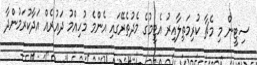
ސިޓީން މި މެޗާ ކުރިމަތިލާއިރު އެޓީމުގެ މެދުތެރޭގައި އެންމެ މުހިއްމު ދައުރެއް އަދާކުރަމުންދާ